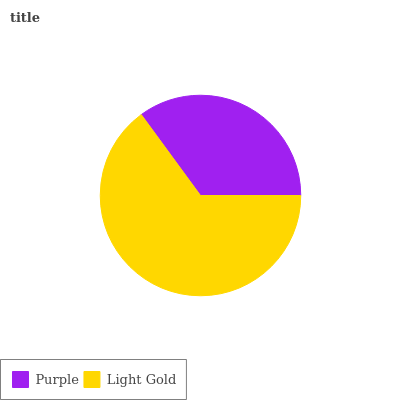
| Purple | Light Gold |
 | --- | --- |
 | 35% | 65% |